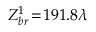
Z _ { b r } ^ { 1 } \! = \! 1 9 1 . 8 \lambda